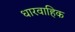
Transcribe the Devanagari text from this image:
धारवाहिक